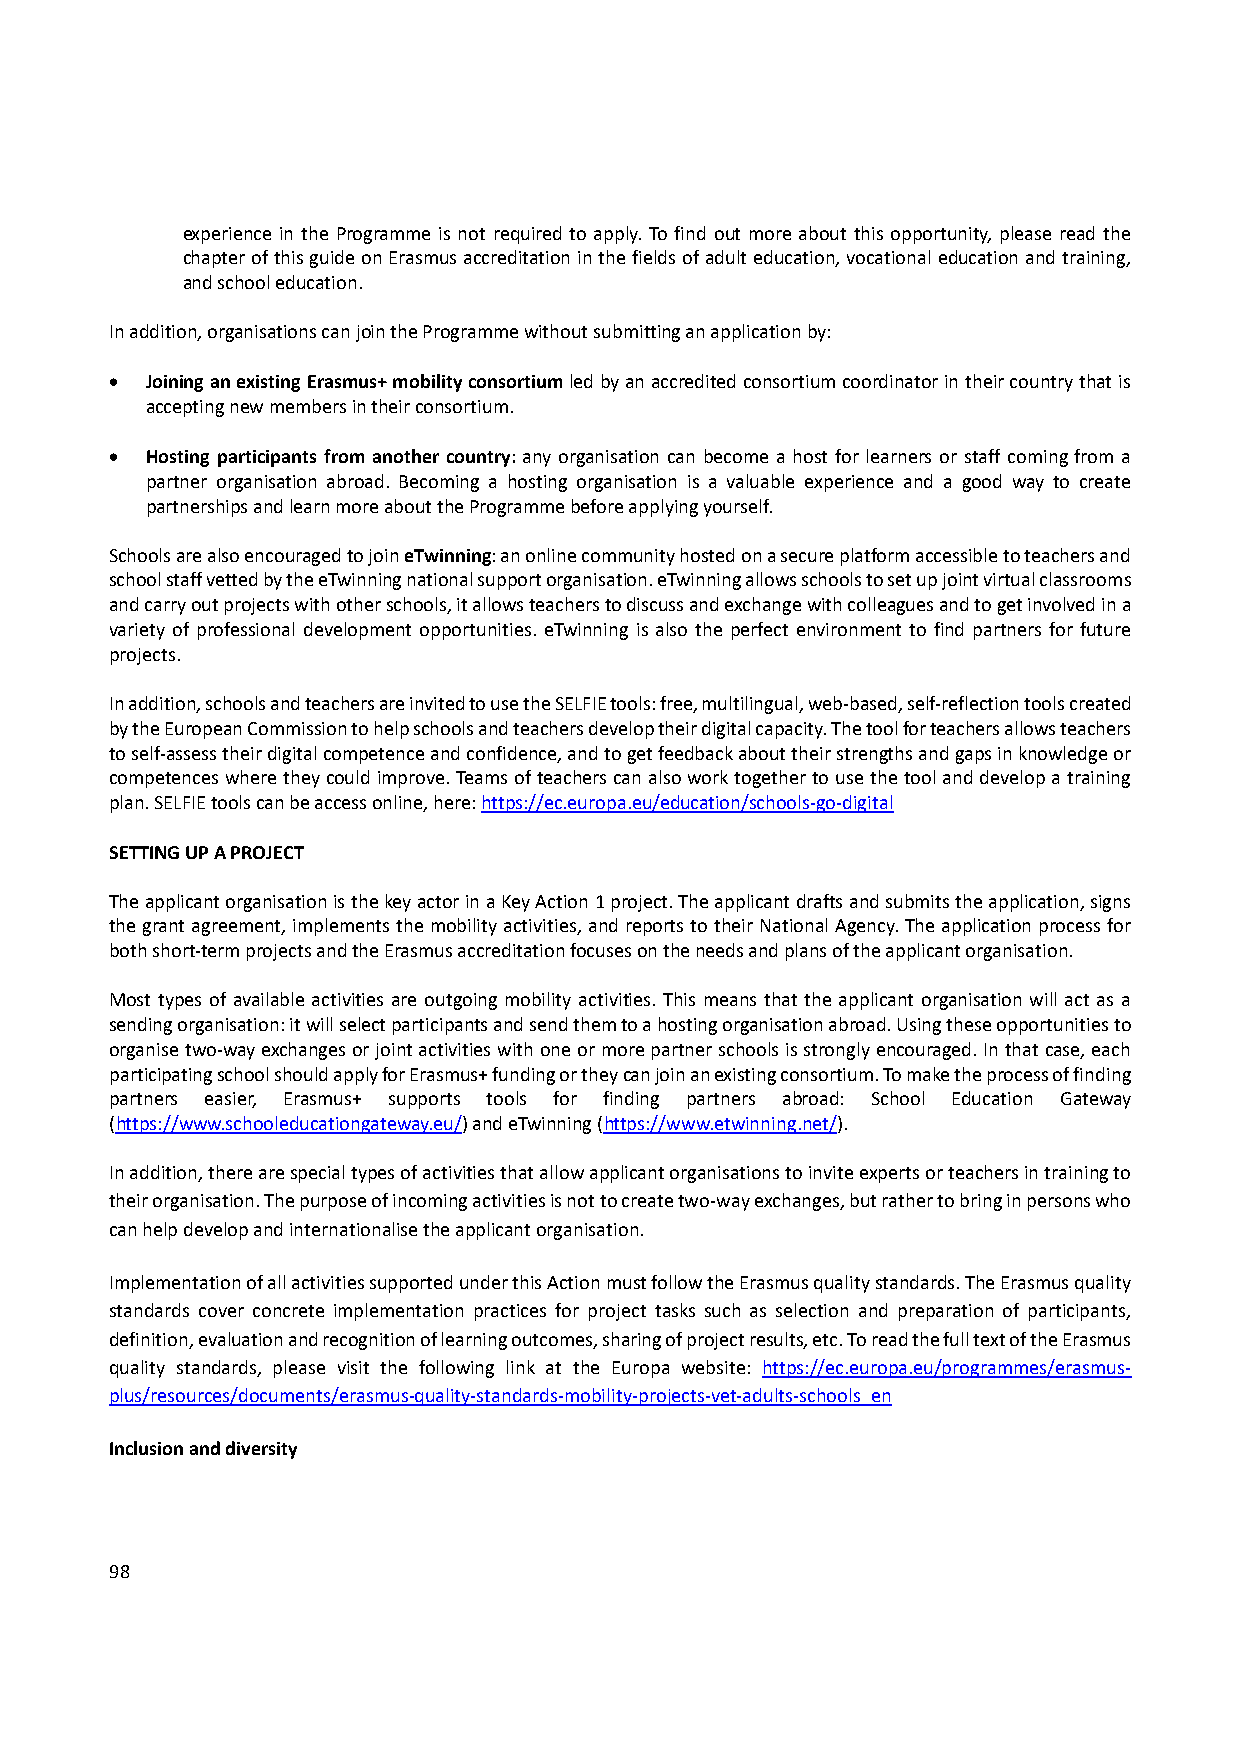
experience in the Programme is not required to apply. To find out more about this opportunity, please read the
 chapter of this guide on Erasmus accreditation in the fields of adult education, vocational education and training,
 and school education.
 In addition, organisations can join the Programme without submitting an application by:
   Joining an existing Erasmus+ mobility consortium led by an accredited consortium coordinator in their country that is
 accepting new members in their consortium.
   Hosting participants from another country: any organisation can become a host for learners or staff coming from a
 partner organisation abroad. Becoming a hosting organisation is a valuable experience and a good way to create
 partnerships and learn more about the Programme before applying yourself.
 Schools are also encouraged to join eTwinning: an online community hosted on a secure platform accessible to teachers and
 school staff vetted by the eTwinning national support organisation. eTwinning allows schools to set up joint virtual classrooms
 and carry out projects with other schools, it allows teachers to discuss and exchange with colleagues and to get involved in a
 variety of professional development opportunities. eTwinning is also the perfect environment to find partners for future
 projects.
 In addition, schools and teachers are invited to use the SELFIE tools: free, multilingual, web‐based, self‐reflection tools created
 by the European Commission to help schools and teachers develop their digital capacity. The tool for teachers allows teachers
 to self‐assess their digital competence and confidence, and to get feedback about their strengths and gaps in knowledge or
 competences where they could improve. Teams of teachers can also work together to use the tool and develop a training
 plan. SELFIE tools can be access online, here: https://ec.europa.eu/education/schools‐go‐digital
 SETTING UP A PROJECT
 The applicant organisation is the key actor in a Key Action 1 project. The applicant drafts and submits the application, signs
 the grant agreement, implements the mobility activities, and reports to their National Agency. The application process for
 both short‐term projects and the Erasmus accreditation focuses on the needs and plans of the applicant organisation.
 Most types of available activities are outgoing mobility activities. This means that the applicant organisation will act as a
 sending organisation: it will select participants and send them to a hosting organisation abroad. Using these opportunities to
 organise two‐way exchanges or joint activities with one or more partner schools is strongly encouraged. In that case, each
 participating school should apply for Erasmus+ funding or they can join an existing consortium. To make the process of finding
 partners easier, Erasmus+ supports tools for finding partners abroad: School Education Gateway
 (https://www.schooleducationgateway.eu/) and eTwinning (https://www.etwinning.net/).
 In addition, there are special types of activities that allow applicant organisations to invite experts or teachers in training to
 their organisation. The purpose of incoming activities is not to create two‐way exchanges, but rather to bring in persons who
 can help develop and internationalise the applicant organisation.
 Implementation of all activities supported under this Action must follow the Erasmus quality standards. The Erasmus quality
 standards cover concrete implementation practices for project tasks such as selection and preparation of participants,
 definition, evaluation and recognition of learning outcomes, sharing of project results, etc. To read the full text of the Erasmus
 quality standards, please visit the following link at the Europa website: https://ec.europa.eu/programmes/erasmus‐
 plus/resources/documents/erasmus‐quality‐standards‐mobility‐projects‐vet‐adults‐schools_en
 Inclusion and diversity
 98